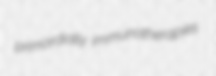
primordially immunotherapies